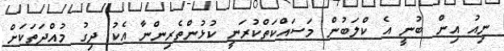
ނިއު އިން ބުނީ އެ ކްލަބުން މަސައްކަތްކުރަނީ ކުޅުންތެރިންނާ އެކު ދިގު މުއްދަތަކަށް